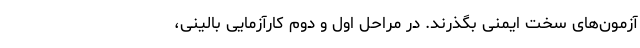
آزمون‌های سخت ایمنی بگذرند. در مراحل اول و دوم کارآزمایی بالینی،